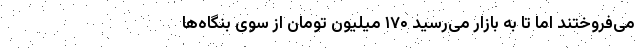
می‌فروختند اما تا به بازار می‌رسید ۱۷۰ میلیون تومان از سوی بنگاه‌ها